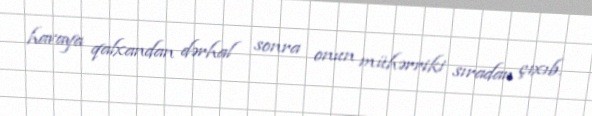
havaya qalxandan dərhal sonra onun mühərriki sıradan çıxıb.